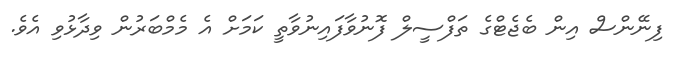
ފިނޭންސް އިން ބެޖެޓްގެ ތަފްސީލް ފޮނުވާފައިނުވާތީ ކަމަށް އެ މެމްބަރުން ވިދާޅުވި އެވެ.